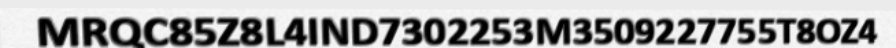
MRQC85Z8L4IND7302253M3509227755T8OZ4